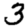
Digit: 3